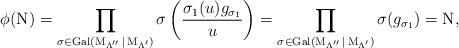
LaTeX: \begin{gather*}\phi (\operatorname{N}) = \prod\limits_{\sigma \in\operatorname{Gal}(\operatorname{M}_{\Lambda''}|\operatorname{M}_{\Lambda'})} \sigma \left(\frac{\sigma_{1}(u)g_{\sigma_{1}}}{u} \right) = \prod\limits_{\sigma \in\operatorname{Gal}(\operatorname{M}_{\Lambda''}|\operatorname{M}_{\Lambda'})} \sigma(g_{\sigma_{1}}) = \operatorname{N},\end{gather*}